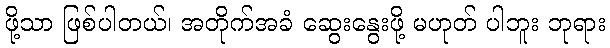
ဖို့သာ ဖြစ်ပါတယ်၊ အတိုက်အခံ ဆွေးနွေးဖို့ မဟုတ် ပါဘူး ဘုရား